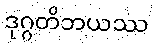
ဒုဂ္ဂတိဘယဿ